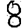
Digit: 8